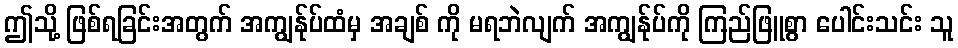
ဤသို့ ဖြစ်ရခြင်းအတွက် အကျွန်ုပ်ထံမှ အချစ် ကို မရဘဲလျက် အကျွန်ုပ်ကို ကြည်ဖြူစွာ ပေါင်းသင်း သူ